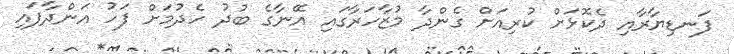
ފަނޑިޔާރާއި ދެކޮޅަށް ކުރިއަށް ގެންދާ މުޒާހަރާގައި އޭނާގެ ބުދު ހެދުމަށް ފަހު އަންދާފައި